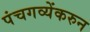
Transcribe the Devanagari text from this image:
पंचगव्येंकरुन